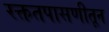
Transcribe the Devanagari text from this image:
रक्ततपासणीतून